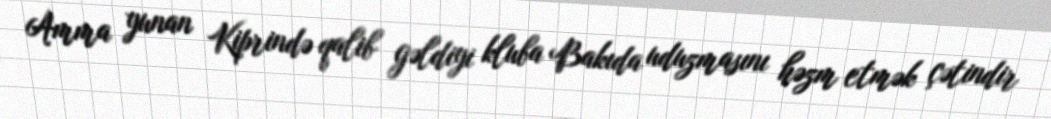
Amma yunan Kiprində qalib gəldiyi kluba Bakıda uduzmasını həzm etmək çətindir